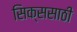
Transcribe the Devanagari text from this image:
सिक्ससाठी